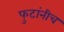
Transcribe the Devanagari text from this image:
फुटांनीच